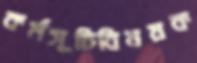
কর্মসূচিবিষয়ক